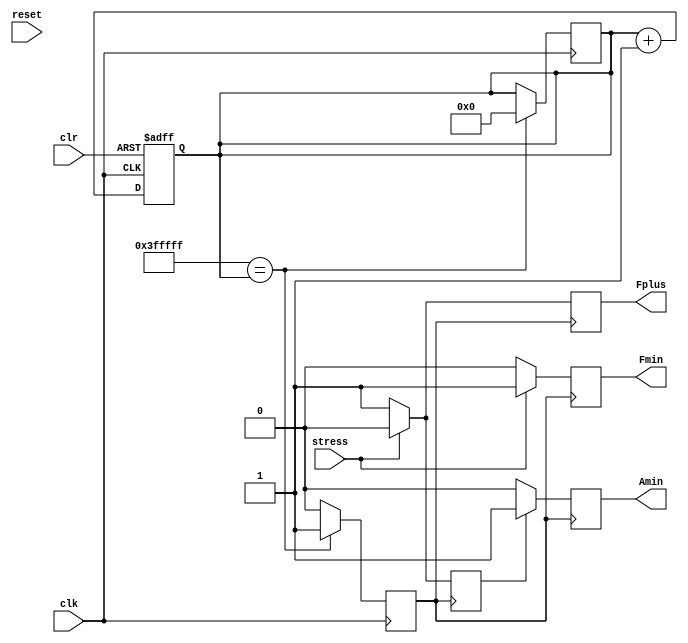
`timescale 1ns / 1ps
//////////////////////////////////////////////////////////////////////////////////
// Company: 
// Engineer: 
// 
// Design Name: 
// Module Name:    modcode 
// Project Name: 
// Target Devices: 
// Tool versions: 
// Description: 
//
// Dependencies: 
//
// Revision: 
// Revision 0.01 - File Created
// Additional Comments: 
//
//////////////////////////////////////////////////////////////////////////////////
module modcode(input stress,input clr,input clk,input reset,output Fmin,output Fplus,output Amin);
	reg Amin1;
	reg Fmin1;
	reg Fplus1;
	reg gf; 
	reg dclk;
	reg [21:0] counter;
	reg [21:0] delay = 22'b1111111111111111111111;
	wire delayclk;
	
	assign delayclk = dclk;
	assign Fplus = Fplus1;
	assign Fmin = Fmin1;
	assign Amin = Amin1;

	always @ (posedge clk or posedge clr)begin
		if(clr)begin
		counter = 0;
		end
		else begin
		counter = counter + 1;
		end
	end

	always @ (posedge clk) begin
		
		if(delay == counter)begin
		dclk = 1;
		counter = 0;
		end
		else dclk = 0;
	end

	always @(posedge delayclk)begin
		if(stress == 1)
		Fmin1 = 1;
		else
		Fmin1 = 0;
	end

	always @ (posedge delayclk) begin
		if(stress == 0)begin
		Fplus1 = 1;
		gf = 1;
		end
		else begin 
		Fplus1 = 0;
		gf = 0;
		end
	end

	always @ (posedge delayclk)begin
		if(gf == 1)
		
		Amin1 = 1;
		else 
	   Amin1 = 0;
	end

endmodule